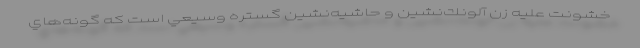
خشونت عليه زن آلونك‌نشين و حاشيه‌نشين گستره وسيعي است كه گونه‌هاي